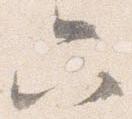
六